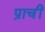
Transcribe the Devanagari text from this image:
प्राचीं